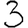
Digit: 3